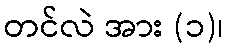
တင်လဲ အား (၁)၊